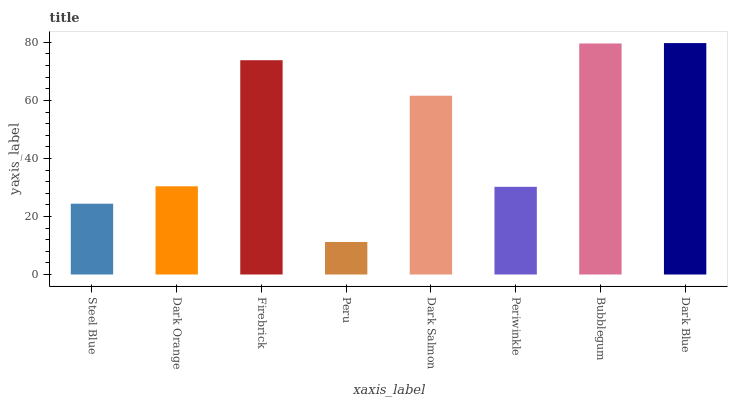
| xaxis_label | bars |
 | --- | --- |
 | Steel Blue | 24.4 |
 | Dark Orange | 30.4 |
 | Firebrick | 73.9 |
 | Peru | 11.2 |
 | Dark Salmon | 61.6 |
 | Periwinkle | 30.2 |
 | Bubblegum | 79.6 |
 | Dark Blue | 79.8 |